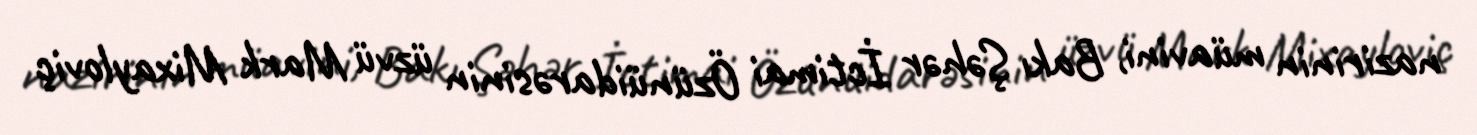
nazirinin müavini, Bakı Şəhər İctimai Özünüidarəsinin üzvü Mark Mixayloviç